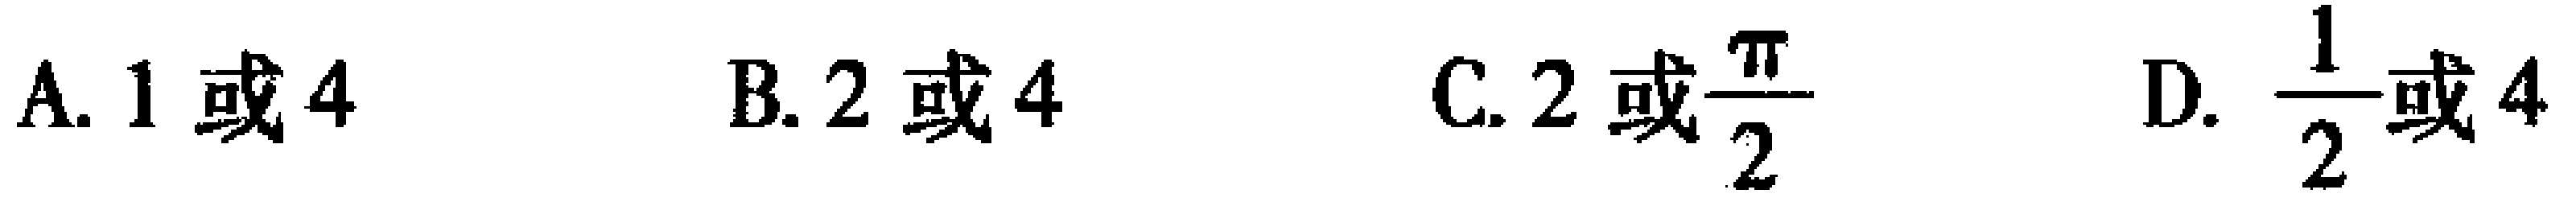
A. \(1\)或\(4\)  B. \(2\)或\(4\)  C. \(2\)或\(\frac{\pi}{2}\)  D. \(\frac{1}{2}\)或\(4\)